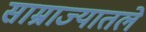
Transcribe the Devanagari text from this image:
साम्राज्यातले